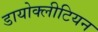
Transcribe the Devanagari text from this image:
डायोक्लीटियन